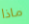
ماذا